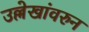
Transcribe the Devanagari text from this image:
उल्लेखांवरुन